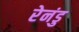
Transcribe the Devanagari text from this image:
रेनंडु